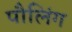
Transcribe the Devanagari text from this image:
पौलिंग